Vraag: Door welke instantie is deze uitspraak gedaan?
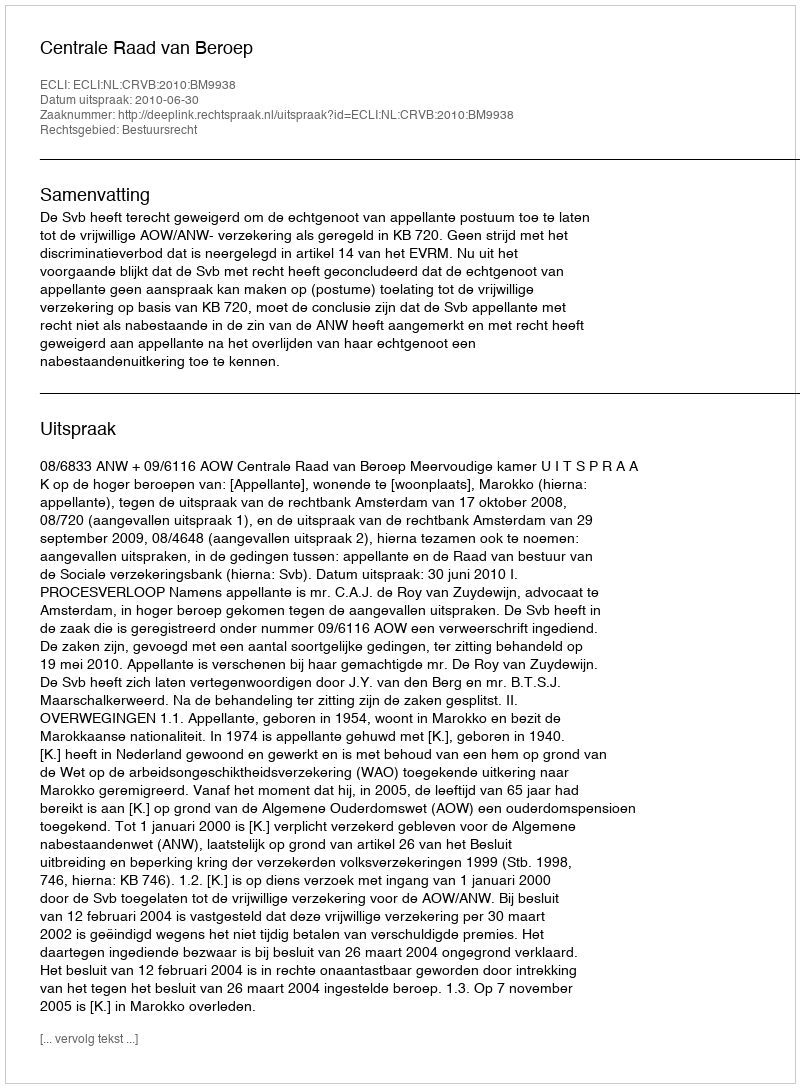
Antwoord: Centrale Raad van Beroep